65_HS1-834228961_62-HQ-83894_Section_4
Agency: FBI
Page 117
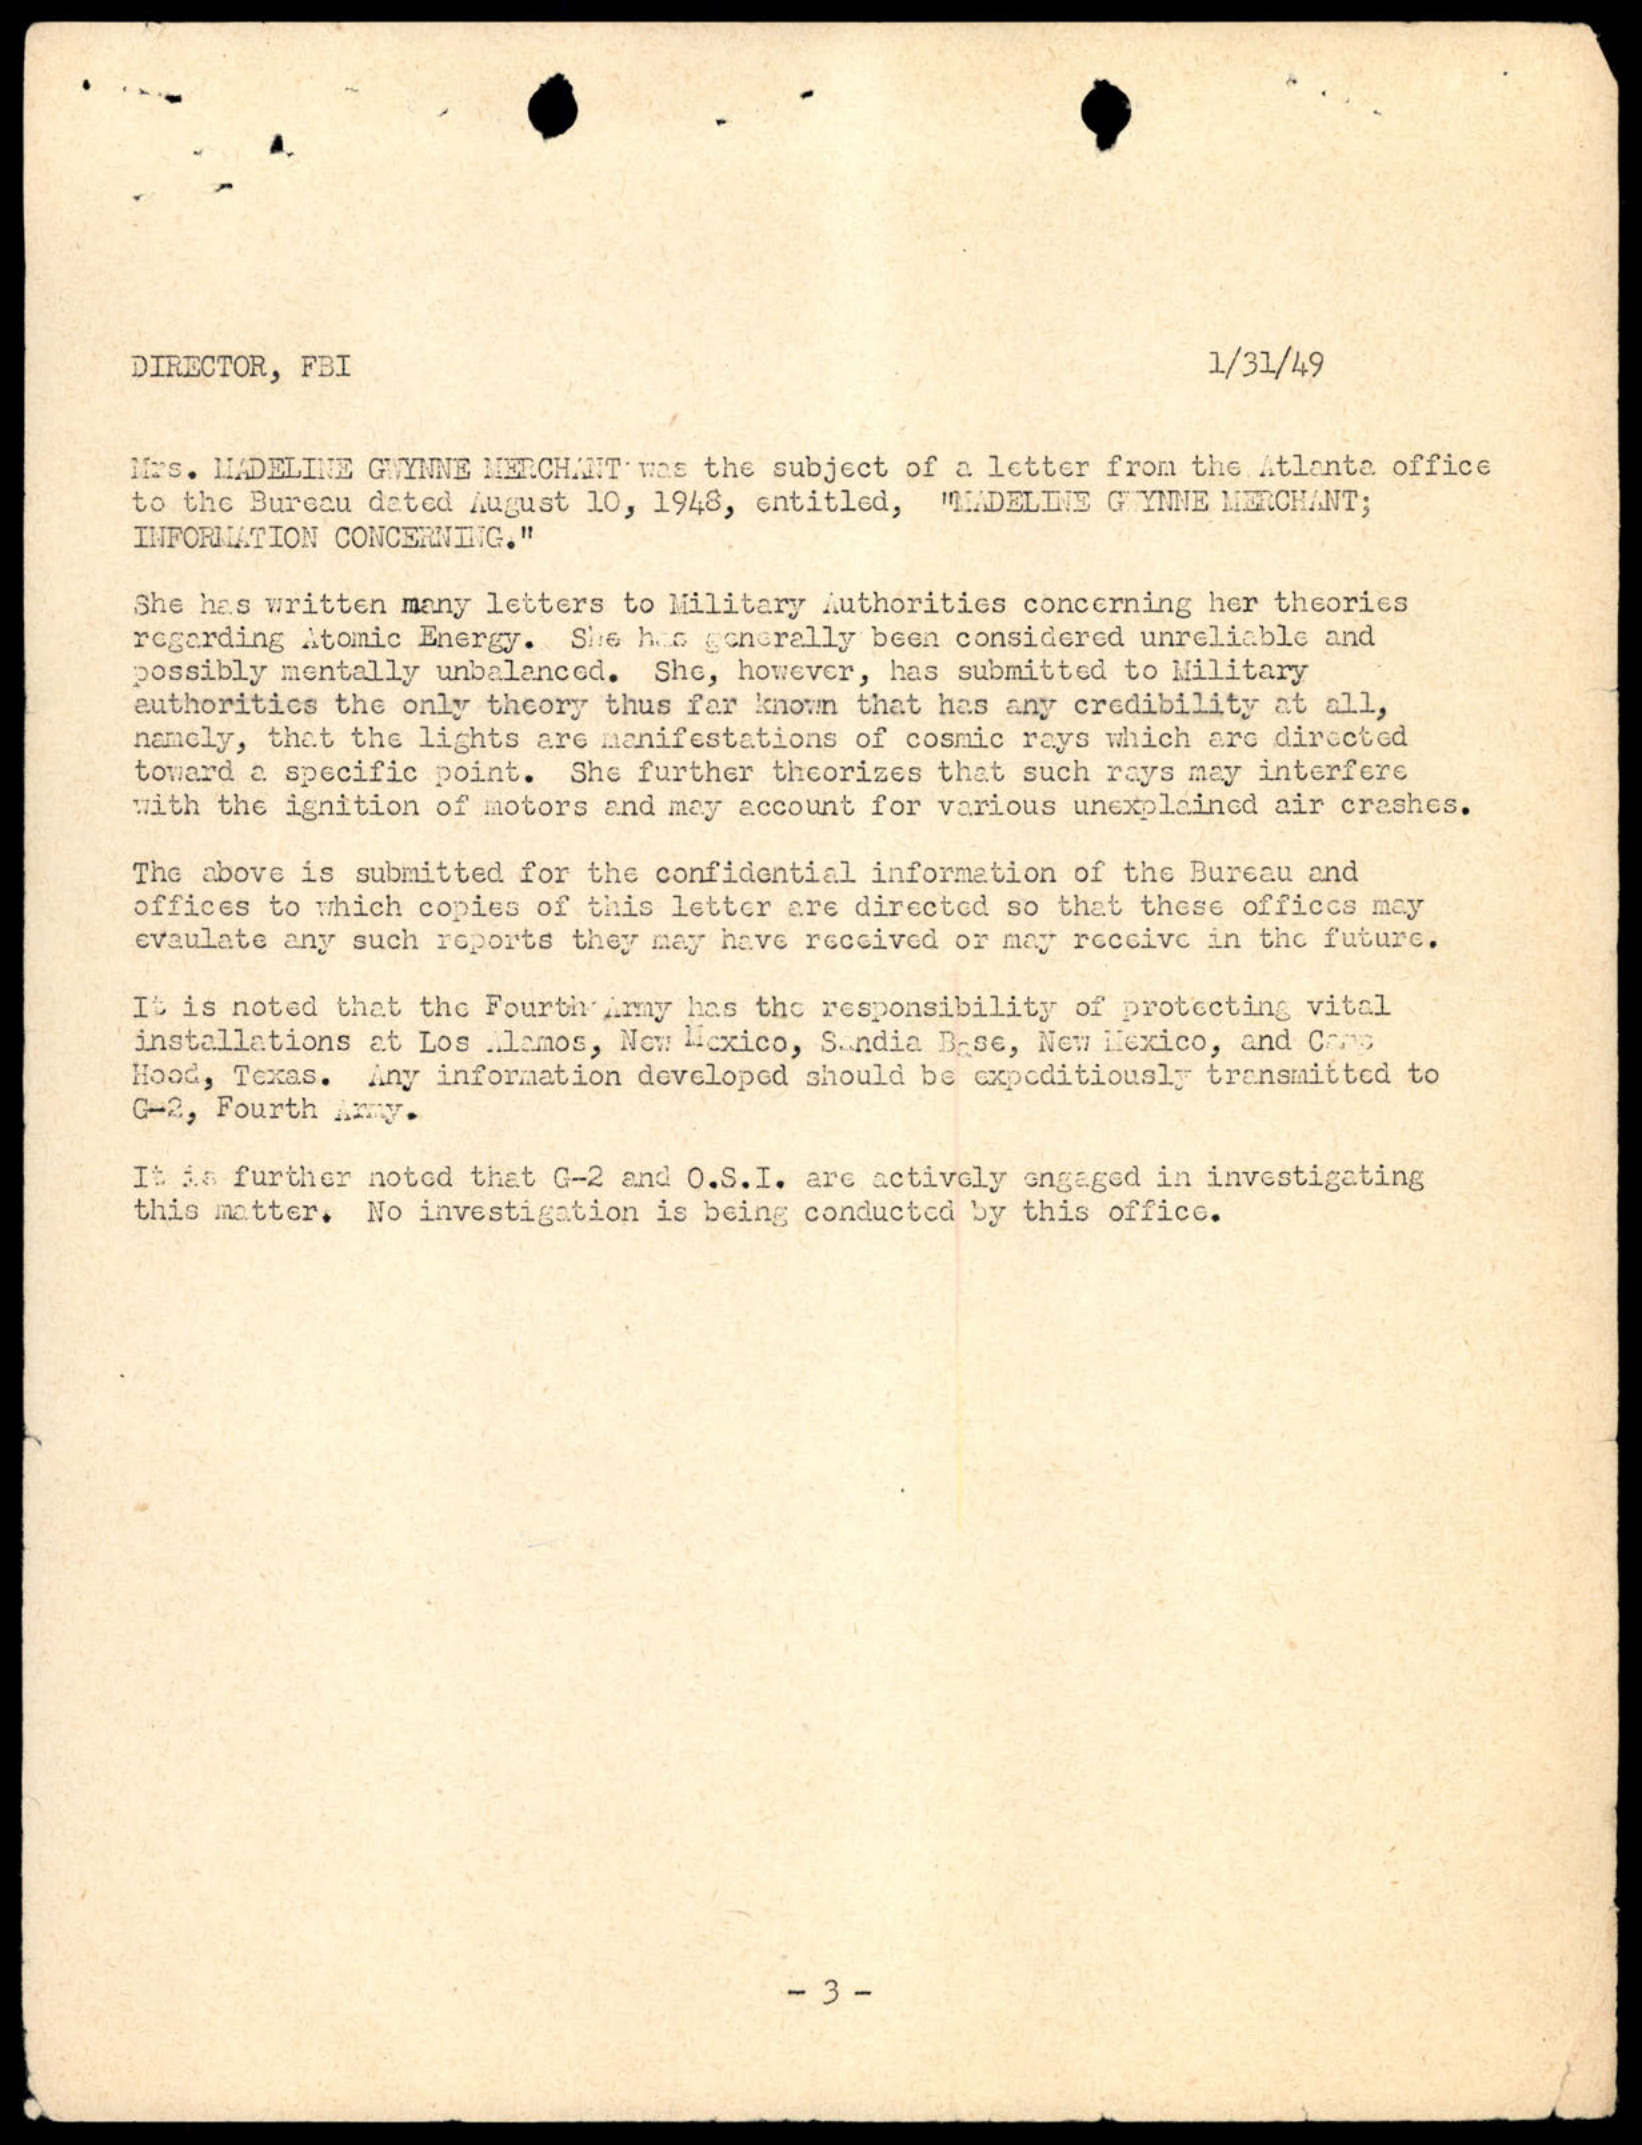